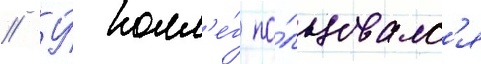
// У́ колл'е́г по́льзовалс'я